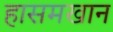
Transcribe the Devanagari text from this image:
हासमखान